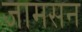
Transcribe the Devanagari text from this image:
जामसन